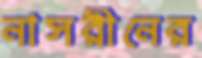
নাসরীনের